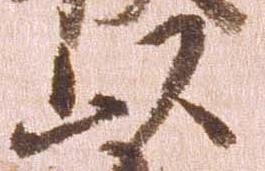
以